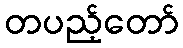
တပည့်တော်